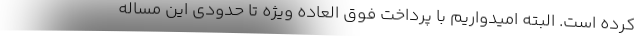
کرده است. البته امیدواریم با پرداخت فوق العاده ویژه تا حدودی این مساله